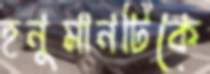
হনুমানটিকে